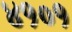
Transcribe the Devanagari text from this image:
४१०१